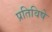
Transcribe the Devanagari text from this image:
प्रतिविषे